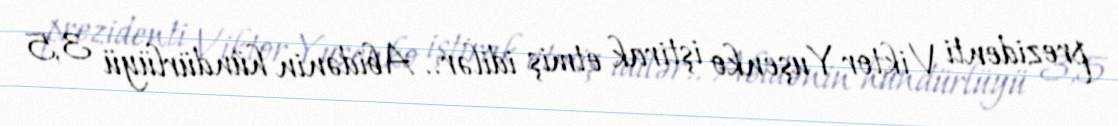
prezidenti Viktor Yuşenko iştirak etmiş idilər.. Abidənin hündürlüyü 3,5